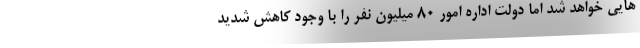
هایی خواهد شد اما دولت اداره امور ۸۰ میلیون نفر را با وجود کاهش شدید